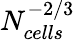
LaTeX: N_{cells}^{-2/3}